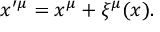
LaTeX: x ^ { \prime \mu } = x ^ { \mu } + \xi ^ { \mu } ( x ) .